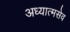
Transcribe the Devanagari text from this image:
अध्यात्मसेव